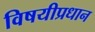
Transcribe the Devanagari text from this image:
विषयीप्रधान